Scientific memoirs by medical officers of the Army of India - Part XII,
Year: 1901
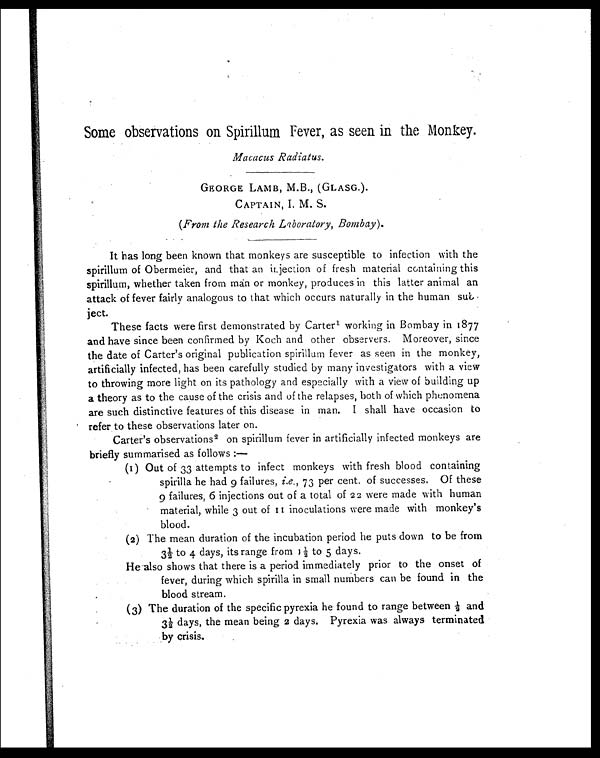
Some observations on Spirillum Fever, as seen in the Monkey.
Macacus Radiatus.
GEORGE LAMB, M.B., (GLASG.).
CAPTAIN, I. M. S.
(From the Research Laboratory, Bombay )
.
It has long been known that monkeys are susceptible to infection with the
spirillum of Obermeier, and that an injection of fresh material containing this
spirillum, whether taken from man or monkey, produces in this latter animal an
attack of fever fairly analogous to that which occurs naturally in the human su
b j e c t .
These facts were first demonstrated by Carter1 working in Bombay in 1877
and have since been confirmed by Koch and other observers. Moreover, since
the date of Carter's original publication spirillum fever as seen in the monkey,
artificially infected, has been carefully studied by many investigators with a view
to throwing more light on its pathology and especially with a view of building up
a theory as to the cause of the crisis and of the relapses, both of which phenomena
are such distinctive features of this disease in man. I shall have occasion to
refer to these observations later on.
Carter's observations 2 on spirillum fever in artificially infected monkeys are
briefly summarised as follows :—
(1) Out of 33 attempts to infect monkeys with fresh blood containing
spirilla he had 9 failures, i.e. , 73 per cent. of successes. Of these
9 failures, 6 injections out of a total of 22 were made with human
material, while 3 out of II inoculations were made with monkey's
blood.
(2) The mean duration of the incubation period he puts down to be from
3 ½ to 4 days, its range from 1 ½ to 5 days.
He also shows that there is a period immediately prior to the onset of
fever, during which spirilla in small numbers can be found in the
blood stream.
(3) The duration of the specific pyrexia he found to range between ½ and
3 ½ d a y s , t h e m e a n b e i n g2 d a y s . P y r e x i a w a s a l w a y s t e r m i n a t e d
by crisis.